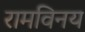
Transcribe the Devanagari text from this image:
रामविनय